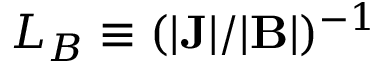
L _ { B } \equiv ( | { \bf J } | / | { \bf B } | ) ^ { - 1 }